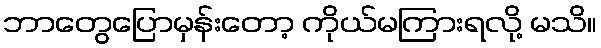
ဘာတွေပြောမှန်းတော့ ကိုယ်မကြားရလို့ မသိ။